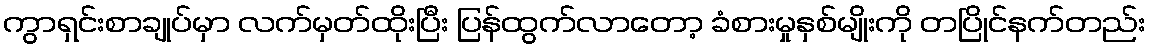
ကွာရှင်းစာချုပ်မှာ လက်မှတ်ထိုးပြီး ပြန်ထွက်လာတော့ ခံစားမှုနှစ်မျိုးကို တပြိုင်နက်တည်း